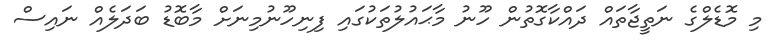
މި މޮޑެލްގެ ނަތީޖާތައް ދައްކާގޮތުން ހޫނު މާޙައުލުތަކުގައި ފިނިހޫނުމިނަށް މާބޮޑު ބަދަލެއް ނައިސް